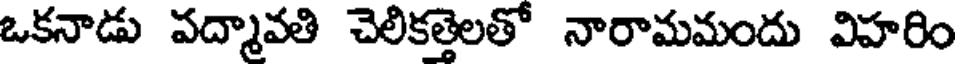
ఒకనాడు పద్మావతి చెలికత్తెలతో నారామమందు విహరిం